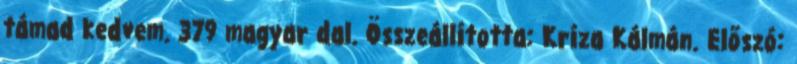
támad kedvem. 379 magyar dal. Összeállította: Kríza Kálmán. Előszó: